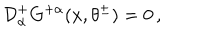
{ \cal D } _ { \alpha } ^ { + } G ^ { + \alpha } ( x , \theta ^ { \pm } ) = 0 \, ,